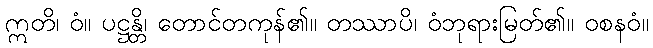
ဣတိ၊ ဝံ။ ပဋ္ဌန္တိ၊ တောင်တကုန်၏။ တဿာပိ၊ ဝံဘုရားမြတ်၏။ ဝစနဝံ။